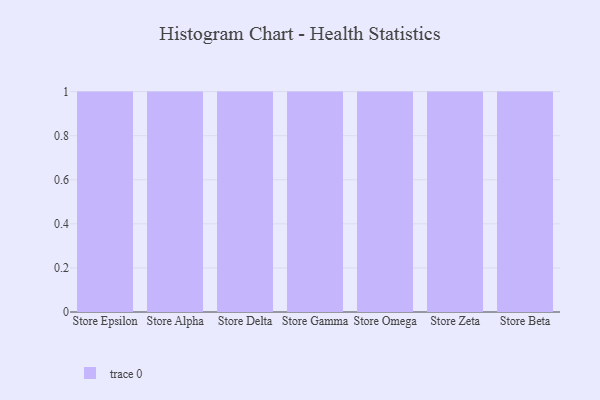
{"axis": {"x": "Store", "y": "Energy Usage (MWh)"}, "legend": [""], "data": [{"x": "Store Epsilon", "y": 95, "type": ""}, {"x": "Store Alpha", "y": 47, "type": ""}, {"x": "Store Delta", "y": 84, "type": ""}, {"x": "Store Gamma", "y": 3, "type": ""}, {"x": "Store Omega", "y": 35, "type": ""}, {"x": "Store Zeta", "y": 14, "type": ""}, {"x": "Store Beta", "y": 60, "type": ""}]}